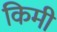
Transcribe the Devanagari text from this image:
किमी